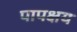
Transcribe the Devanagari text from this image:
पापक्षय